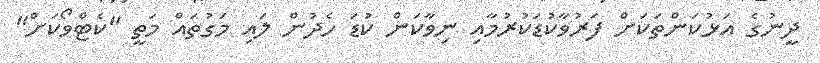
ދީނުގެ އަޅުކަންތަކަށް ފަރުވާކުޑަކުރުމާއި ނިވާކަން ކުޑަ ހެދުން ލައި މަގުތައް މަތީ "ކެޓްވޯކަށް"